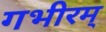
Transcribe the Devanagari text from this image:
गभीरम्